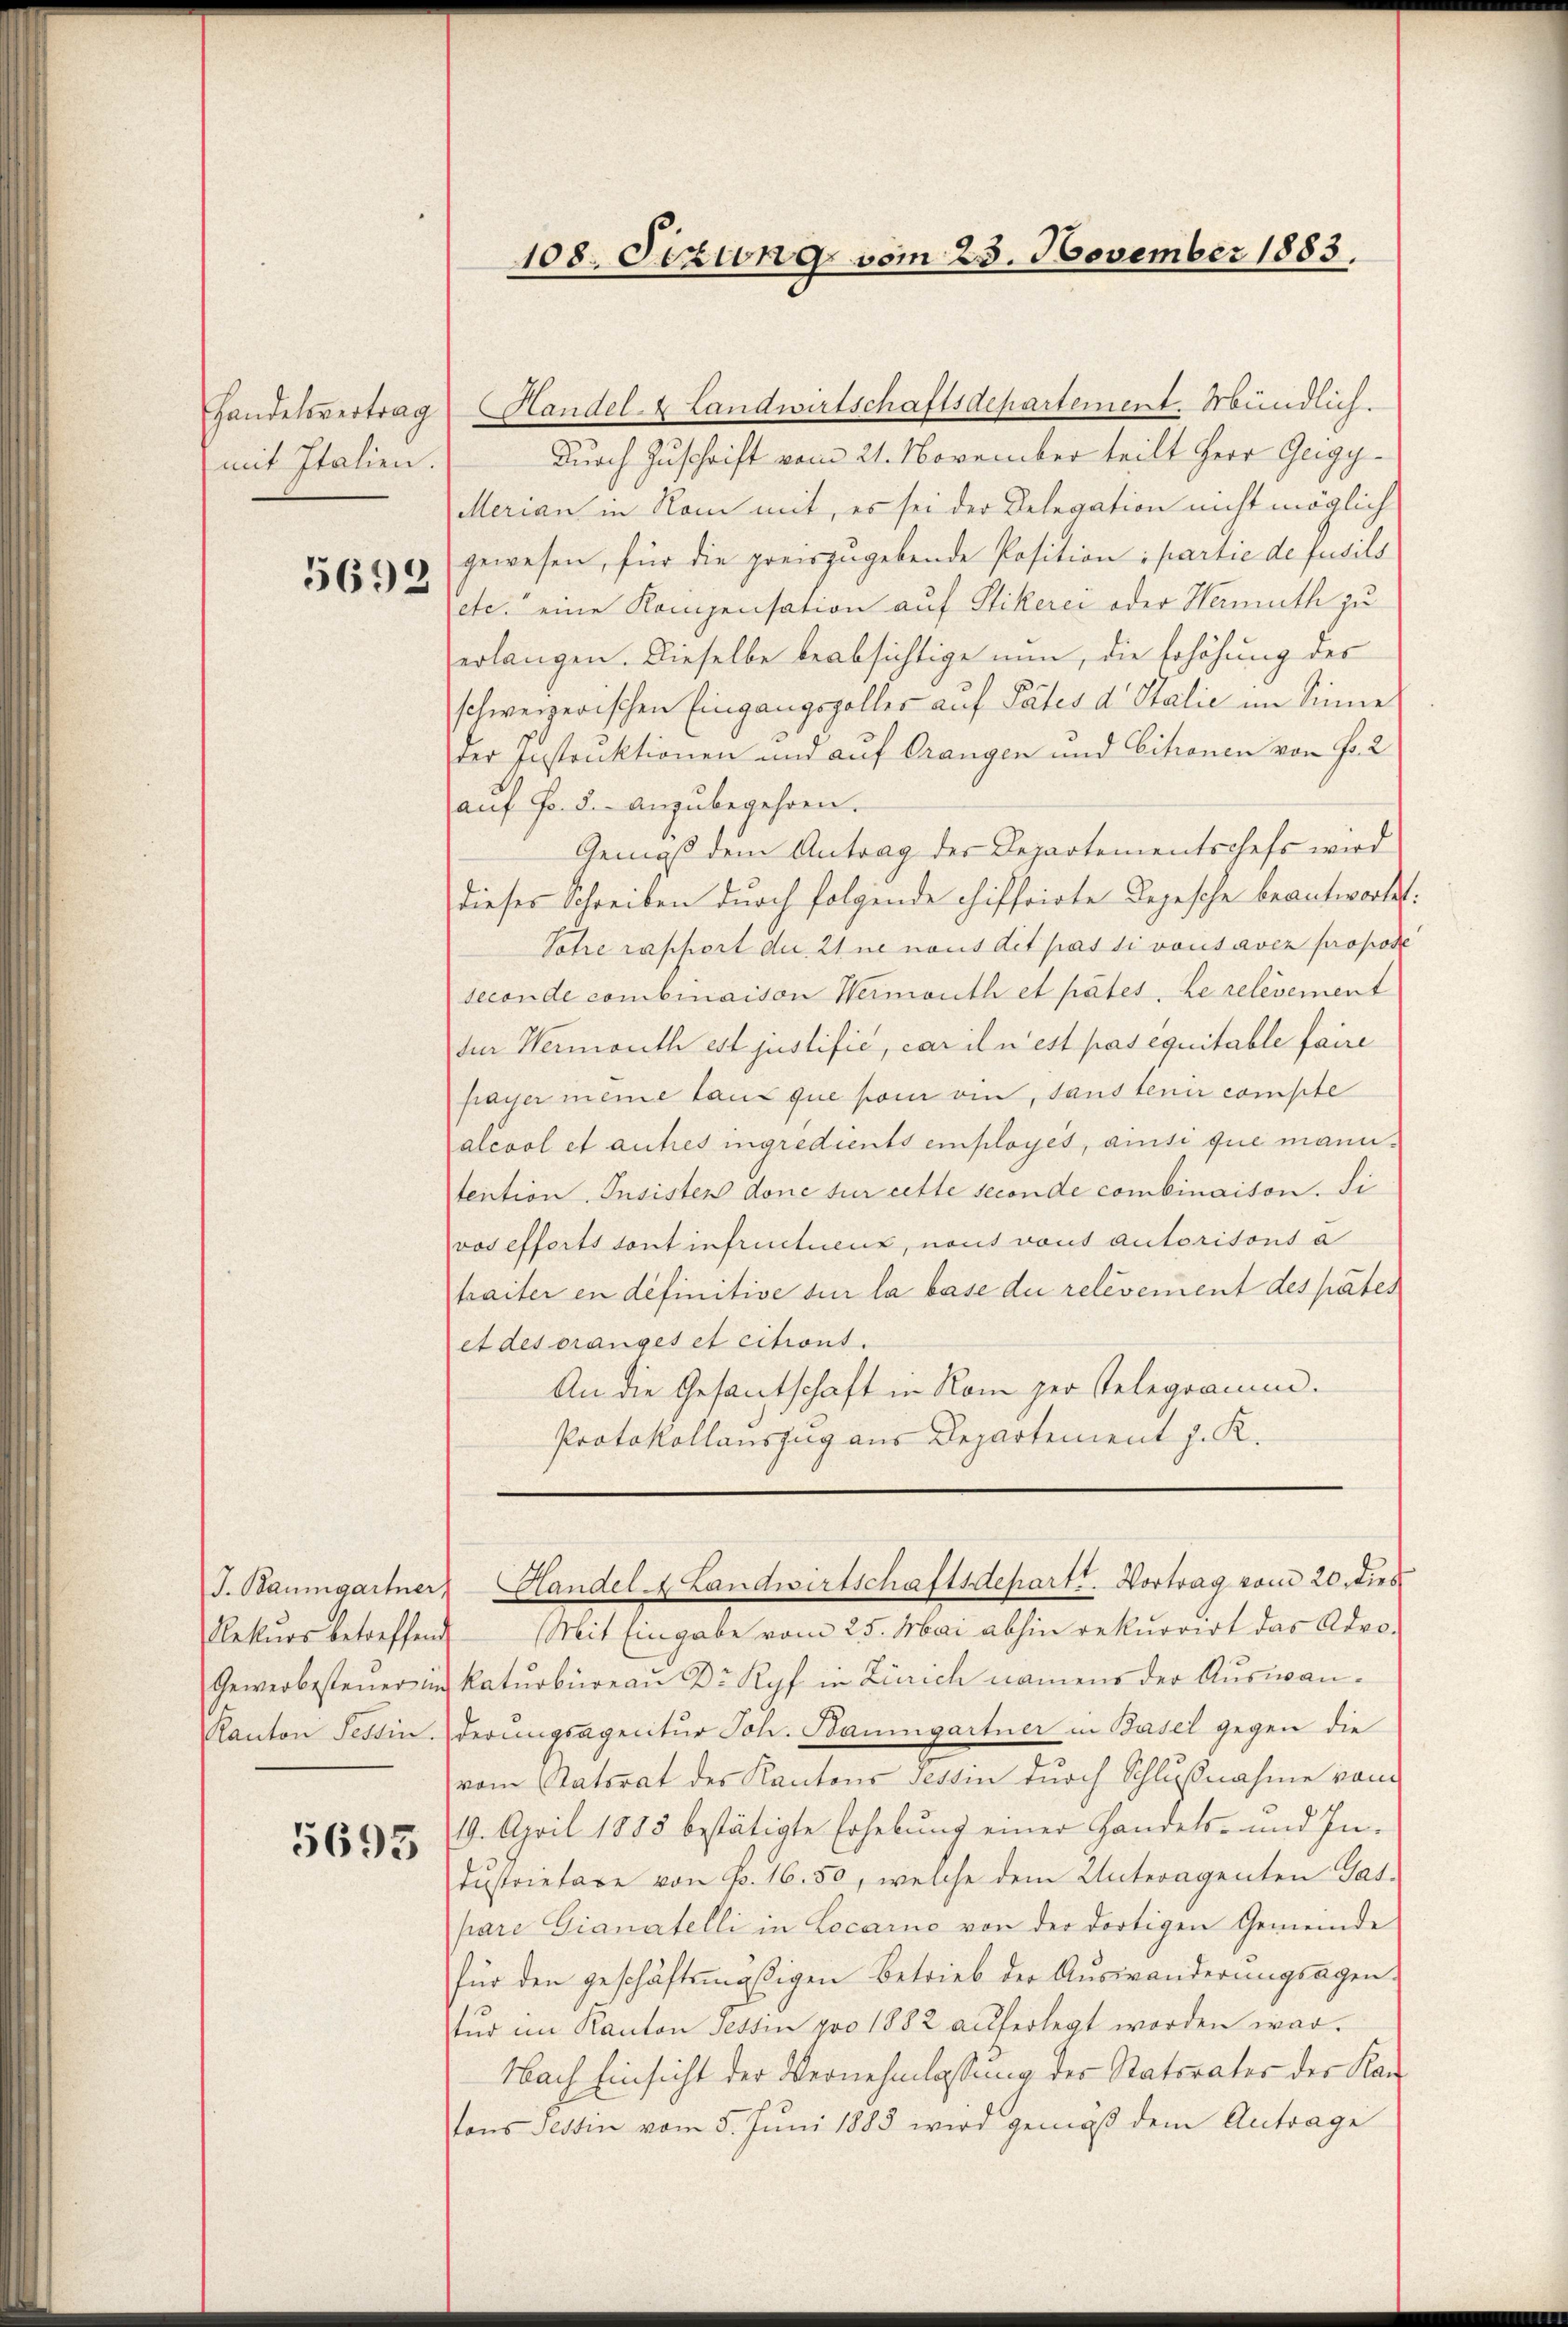
mit Italien.

5698

J. Baumgartner,
Rekurs betreffende
Gewerbesteuer im

5695

Handelsvertrag Handel- & Landwirtschaftsdepartement. Mündlich.
Durch Zuschrift vom 21. November teilt Herr Gugy¬
Merian in Rom mit, es sei der Delegation nicht möglich
gewesen, für die preiszugebende Position, partie de fusils
etc. eine Kompensation auf Stikerei oder Hermuth zu
erlangen. Dieselbe beabsichtige nun, die Erhöhung des
schweizerischen Eingangszoller auf Pates d. Stalić im Sinne
der Instanktionen und auf Orangen und Citronen von Fr. 2
auf Fr. 5. anzubegehren.
Gemäß dem Antrag der Departementschefs wird
dieses Schreiben durch folgende chiffrirte Depesche beantwortet:
Pohre rapport der Eine nous dit passivousaver propose
seconde combinaison Wermouth et pätes, Le relevement
Jur Wermouth ist justifie, car il n’est pas équitable faire
payer meine laut que son ein, sandtenir compte
alcool et autres ingredients employés, ansi que manntention Insistens done sur cette seconde combinaison. Si
vos efferts sont infructuenz, nous vous autoritons a
traiter en definitive sur la base du relevement des pater
et des pranges et citront.
An die Gesantschaft in Rom her stelegramm.
Protokollauszug aus Departement J. K.

108. Sizung vom 25. November 1883.

Handel & Landwirtschaftsdepartt. Vortrag vom 20. dies

Mit Eingabe vom 25. Mai abhin rekurrirt das Advokaturbüreau Dr. Kopf in Zürich namens der Auswan¬
Kanton Tessin derungsagecitur Joh. Baumgartner in Basel gegen die
vom Ratsrat des Kantons Tessin durch Schlußnahme vom
19. April 1883 bestätigte Erhebung einer Handels- und In-
dustrietare von P. 16. 50, welche dem Unteragenten Gat-
pare Gianatelli in Locarno von der dortigen Gemeinde
für den geschäftsmäßigen Betrieb der Aŭswänderŭngsagen-
tŭr im Kanton Tessin pro 1882 auferlegt worden war.
Nach Einsicht der Vernehmlassung des Statorates der Kantons Tessin vom 5. Jŭni 1883 wird gemäβ dem Antrage